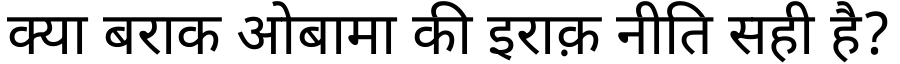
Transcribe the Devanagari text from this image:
क्या बराक ओबामा की इराक़ नीति सही है?